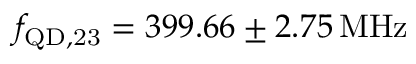
f _ { \mathrm { Q D , 2 3 } } = 3 9 9 . 6 6 \pm 2 . 7 5 \, \mathrm { M H z }